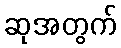
ဆုအတွက်